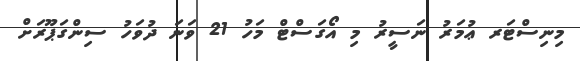
މިނިސްޓަރ ޢުމަރު ނަސީރު މި އޯގަސްޓް މަހު 21 ވަނަ ދުވަހު ސިންގަޕޫރަށް